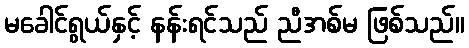
မခေါင်ရွယ်နှင့် နန်းရင်သည် ညီအစ်မ ဖြစ်သည်။